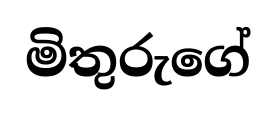
මිතුරුගේ